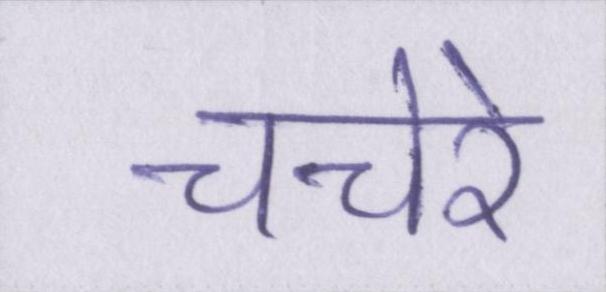
चचेरे